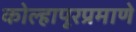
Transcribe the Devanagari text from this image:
कोल्हापूरप्रमाणे